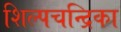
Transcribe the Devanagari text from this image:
शिल्पचन्द्रिका